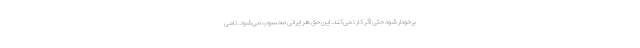
برخودار شود حتی اگر کار نمی‌کند. این حق هر ایرانی محسوب می‌شود. نامی